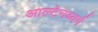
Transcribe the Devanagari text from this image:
आल्टेनब्यर्ग